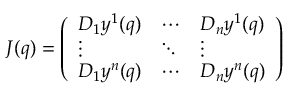
J ( q ) = { \left( \begin{array} { l l l } { D _ { 1 } y ^ { 1 } ( q ) } & { \cdots } & { D _ { n } y ^ { 1 } ( q ) } \\ { \vdots } & { \ddots } & { \vdots } \\ { D _ { 1 } y ^ { n } ( q ) } & { \cdots } & { D _ { n } y ^ { n } ( q ) } \end{array} \right) }